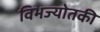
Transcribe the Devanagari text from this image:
विभज्योतकी